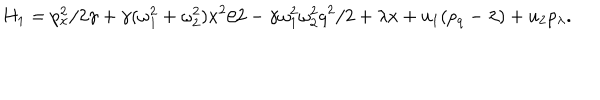
H _ { 1 } = p _ { x } ^ { 2 } / 2 \gamma + \gamma ( \omega _ { 1 } ^ { 2 } + \omega _ { 2 } ^ { 2 } ) x ^ { 2 } / 2 - \gamma \omega _ { 1 } ^ { 2 } \omega _ { 2 } ^ { 2 } q ^ { 2 } / 2 + \lambda x + u _ { 1 } ( p _ { q } - \lambda ) + u _ { 2 } p _ { \lambda } .